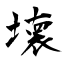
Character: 壊